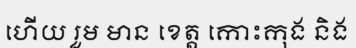
ហើយ រួម មាន ខេត្ត កោះកុង និង